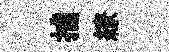
捕繚